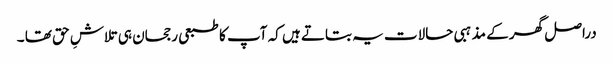
دراصل گھر کے مذہبی حالات یہ بتاتے ہیں کہ آپ کا طبعی رجحان ہی تلاشِ حق تھا ۔